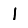
Digit: 1